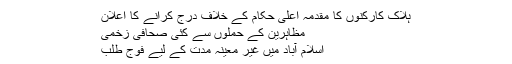
ہلاک کارکنوں کا مقدمہ اعلی حکام کے خلاف درج کرانے کا اعلان
مظاہرین کے حملوں سے کئی صحافی زخمی
اسلام آباد میں غیر معینہ مدت کے لیے فوج طلب